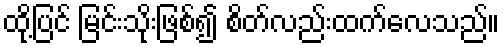
ထို့ပြင် မြင်းသိုးဖြစ်၍ စိတ်လည်းထက်လေသည်။